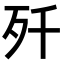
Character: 歼